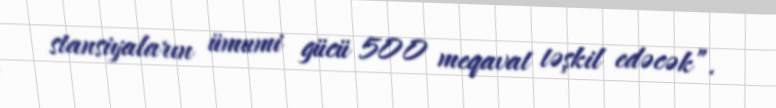
stansiyaların ümumi gücü 500 meqavat təşkil edəcək”.